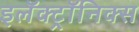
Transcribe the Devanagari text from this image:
इलॅक्ट्रॉनिक्स